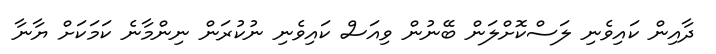
ދާއިން ކައިވެނި ލަސްކޮށްލަން ބޭނުން ވިއަސް ކައިވެނި ނުކުރަން ނިންމާނެ ކަމަކަށް ޔާނާ